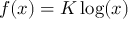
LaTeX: f ( x ) = K \log ( x )